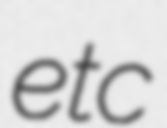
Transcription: etc